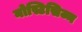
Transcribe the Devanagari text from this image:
नोस्टिसिज्म